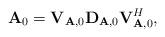
LaTeX: \begin{align*}\textbf{A}_0=\textbf{V}_{\textbf{A},0}\textbf{D}_{\textbf{A},0}\textbf{V}_{\textbf{A},0}^H,\end{align*}